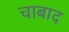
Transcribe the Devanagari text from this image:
चाबाद